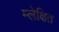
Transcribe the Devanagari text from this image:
म्लेक्षित